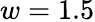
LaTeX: w=1.5